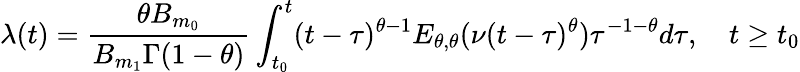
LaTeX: \lambda(t)=\frac{\theta B_{m_{0}}}{B_{m_{1}}\Gamma(1-\theta)}\int_{t_{0}}^{t}(t-\tau)^{\theta-1}E_{\theta,\theta}(\nu(t-\tau)^{\theta})\tau^{-1-\theta}d\tau,\quad t\geq t_{0}